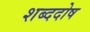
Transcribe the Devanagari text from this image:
शब्ददोष